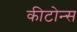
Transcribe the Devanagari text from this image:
कीटोन्स